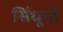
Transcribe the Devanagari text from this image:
सिंधूची